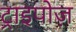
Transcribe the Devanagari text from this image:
ट्राइपोज़